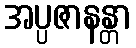
အပ္ပဇာနန္တာ